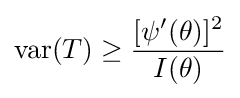
\operatorname {var} (T)\geq {\frac {[\psi '(\theta )]^{2}}{I(\theta )}}